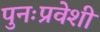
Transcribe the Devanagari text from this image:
पुनःप्रवेशी